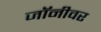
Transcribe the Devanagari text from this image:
जॉनीवर